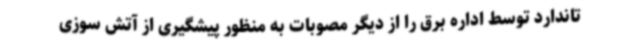
تاندارد توسط اداره برق را از دیگر مصوبات به منظور پیشگیری از آتش سوزی